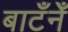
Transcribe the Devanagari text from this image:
बाटँनेँ